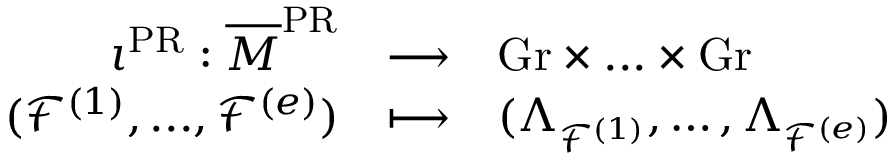
\begin{array} { l r c l } & { \iota ^ { \mathrm { P R } } : \overline { { M } } ^ { \mathrm { P R } } } & { \longrightarrow } & { \mathrm { G r } \times . . . \times \mathrm { G r } } \\ & { ( \mathscr { F } ^ { ( 1 ) } , . . . , \mathscr { F } ^ { ( e ) } ) } & { \longmapsto } & { ( \Lambda _ { \mathscr { F } ^ { ( 1 ) } } , \dots , \Lambda _ { \mathscr { F } ^ { ( e ) } } ) } \end{array}